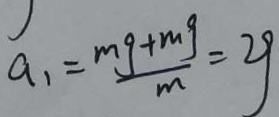
a _ { 1 } = \frac { m g + m g } { m } = 2 g